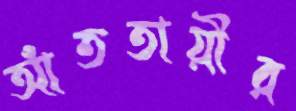
আঁততায়ীর